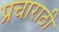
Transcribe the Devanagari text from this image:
प्रचाराठी